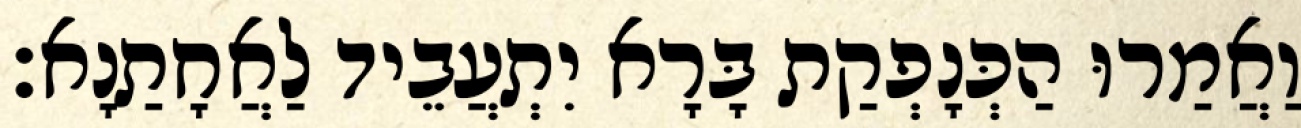
וַאֲמַרוּ הַכְּנָפְקַת בָּרָא יִתְעֲבֵיד לַאֲחָתַנָא׃